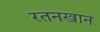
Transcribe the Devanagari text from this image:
रतनखान